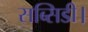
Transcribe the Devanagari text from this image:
सब्सिडी।